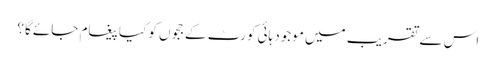
اس سے تقریب میں موجود ہائی کورٹ کے ججوں کو کیا پیغام جائے گا؟